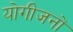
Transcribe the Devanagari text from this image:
योगीजनों